Annual administration report of the Bombay Presidency - 1887-1892
Year: 1887
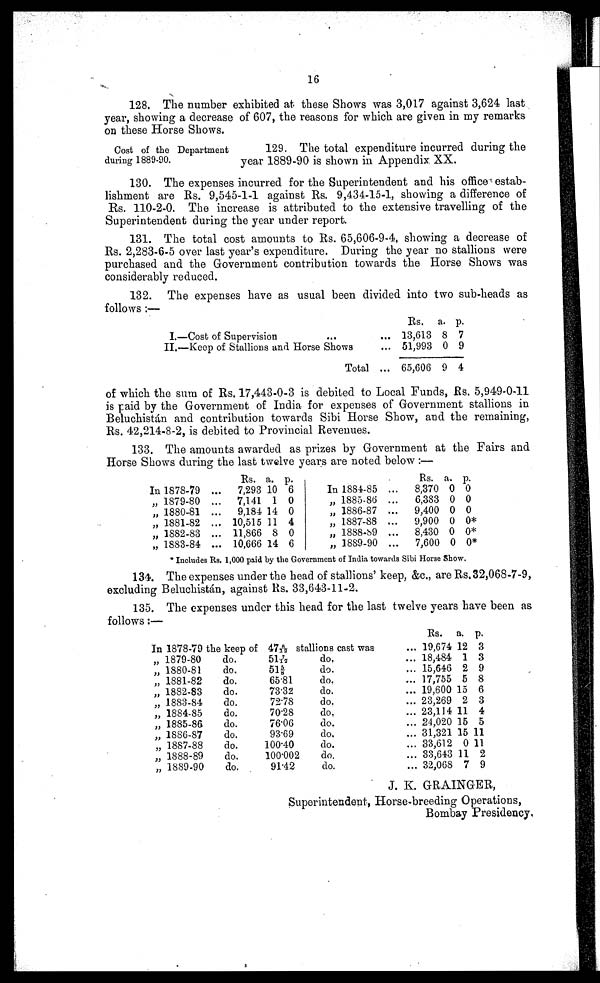
16
128. The number exhibited at these Shows was 3,017 against 3,624 last
year, showing a decrease of 607, the reasons for which are given in my remarks
on these Horse Shows.
Cost of the Department
during 1889-90.
129. The total expenditure incurred during the
year 1889-90 is shown in Appendix XX.
130. The expenses incurred for the Superintendent and his office estab
lishment are Rs. 9,545-1-1 against Rs. 9,434-15-1, showing a difference of
Rs. 110-2-0. The increase is attributed to the extensive travelling of the
Superintendent during the year under report.
131. The total cost amounts to Rs. 65,606-9-4, showing a decrease of
Rs. 2,283-6-5 over last year's expenditure. During the year no stallions were
purchased and the Government contribution towards the Horse Shows was
considerably reduced.
132. The expenses have as usual been divided into two sub-heads as
follows:—
I.—Cost of Supervision
...
...
II.—Keep of Stallions and Horse Shows
...
Total ...
Rs.
13,613
51,993
65,606
a.
8
0
9
p.
7
9
4
of which the sum of Rs. 17,443-0-3 is debited to Local Funds, Rs. 5,949-0-11
is paid by the Government of India for expenses of Government stallions in
Beluchistán and contribution towards Sibi Horse Show, and the remaining,
Rs. 42,214-8-2, is debited to Provincial Revenues.
133. The amounts awarded as prizes by Government at the Fairs and
Horse Shows during the last twelve years are noted below:—
In 1878-79 ...
„ 1879-80 ...
„ 1880-81 ...
„ 1881-82 ...
„ 1882-83 ...
„ 1883-84 ...
Rs.
7,293
7,141
9,184
10,515
11,866
10,666
a.
10
1
14
11
8
14
p.
6
0
0
4
0
6
In 1884-85 ...
„ 1885-86 ...
„ 1886-87 ...
„ 1887-88 ...
„ 1888-89 ...
„ 1889-90 ...
Rs.
8,370
6,383
9,400
9,900
8,430
7,600
a.
0
0
0
0
0
0
p.
0
0
0
0*
0*
0*
* Includes Rs. 1,000 paid by the Government of India towards Sibi Horse Show.
134. The expenses under the head of stallions' keep, &c., are Rs. 32,068-7-9,
excluding Beluchistán, against Rs. 33,643-11-2.
135. The expenses under this head for the last twelve years have been as
follows:—
In 1878-79 the keep of 478/12 stallions cast was...
„ 1879-80
„ 1880-81
„ 1881-82
„ 1882-83
„ 1883-84
„ 1884-85
„ 1885-86
„ 1886-87
„ 1887-88
„ 1888-89
„ 1889-90
do.
do.
do.
do.
do.
do.
do.
do.
do.
do.
do.
517/12
51⅝
65.81
73.32
72.78
70.28
76.06
93.69
100.40
100.002
91.42
do.
...
do.
...
do.
...
do.
...
do.
...
do.
...
do.
...
do.
...
do.
...
do.
...
do.
...
Rs.
19,674
18,484
15,646
17,755
19,600
23,269
23,114
24,020
31,321
33,612
33,643
32,068
a.
12
1
2
5
15
2
11
15
15
0
11
7
p.
3
3
9
8
6
3
4
5
11
11
2
9
J. K. GRAINGER,
Superintendent, Horse-breeding Operations,
Bombay Presidency.